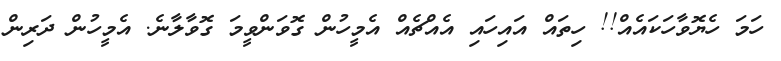
ހަމަ ހެޔޮވާހަކައެއް!! ހިތައް އައިހައި އެއްޗެއް އެމީހުން ގޮވަންވީމަ ގޮވާލާނެ. އެމީހުން ދަރިން